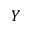
Y